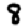
Digit: 8